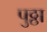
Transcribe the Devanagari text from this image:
पुठ्ठा